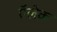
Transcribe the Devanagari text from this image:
ऍलेक